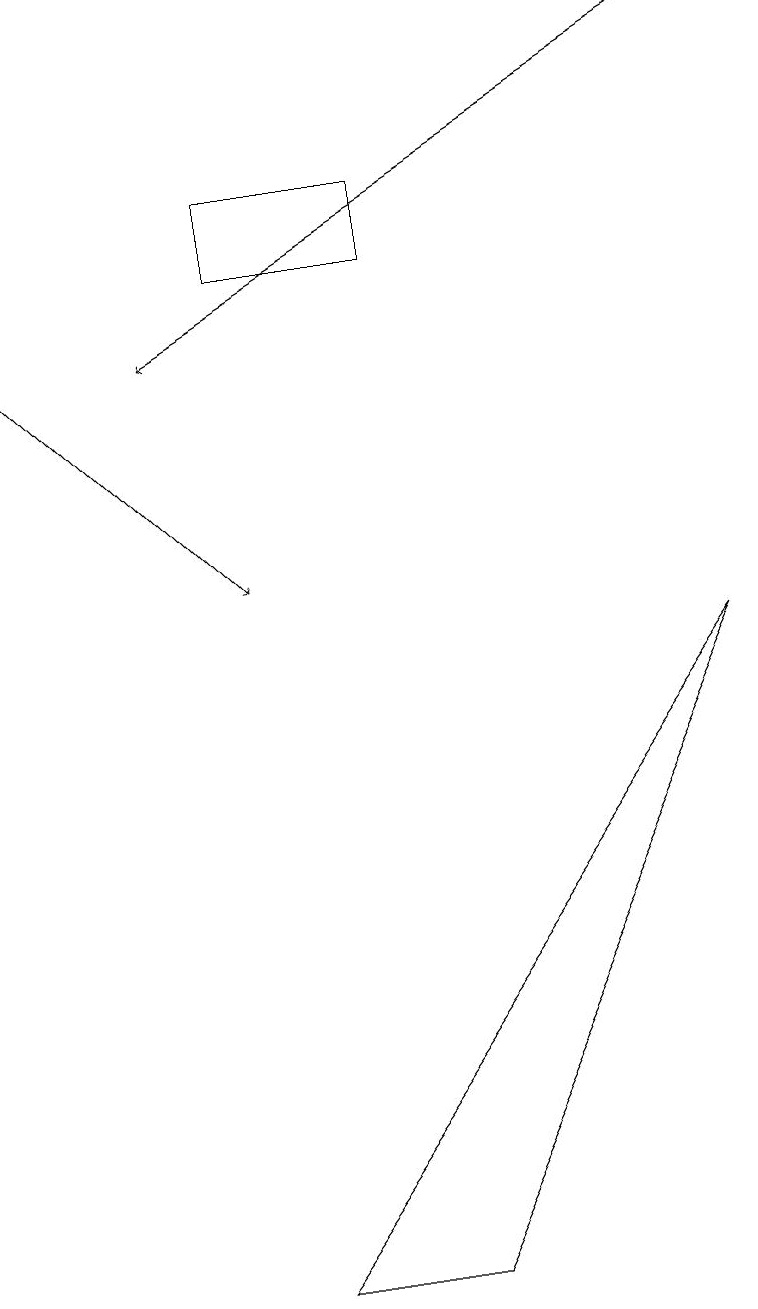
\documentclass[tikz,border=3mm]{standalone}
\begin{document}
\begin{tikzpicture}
\draw[->] (9,17) -- (2,13);
\draw[->] (0,13) -- (3,10);
\draw (5,1) -- (9,9) -- (3,1) -- cycle;
\draw (3,14) rectangle (5,15);
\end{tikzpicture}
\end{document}